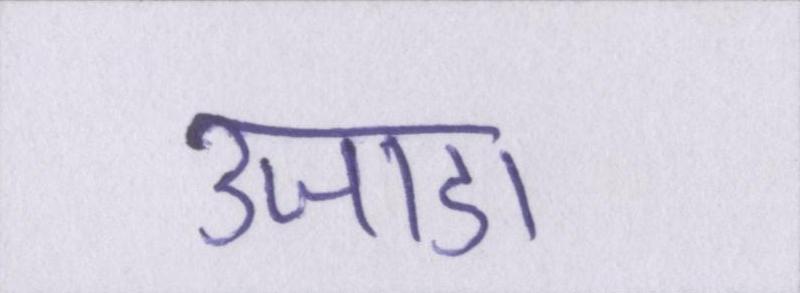
उजाडा